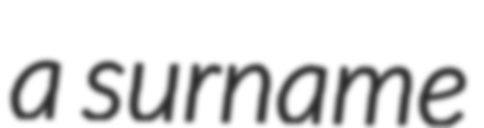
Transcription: a surname